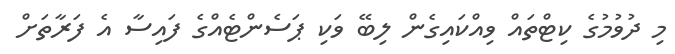
މި ދުވުމުގެ ކިޓްތައް ވިއްކައިގެން ލިބޭ ވަކި ޕަސެންޓެއްގެ ފައިސާ އެ ފަރާތަށް